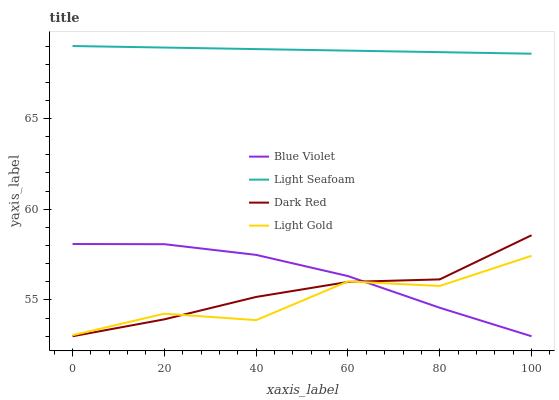
| xaxis_label | Blue Violet | Light Seafoam | Dark Red | Light Gold |
 | --- | --- | --- | --- | --- |
 | 0 | 58.1 | 69 | 53 | 53.1 |
 | 20 | 58.1 | 68.9 | 53.9 | 54.2 |
 | 40 | 57.5 | 68.8 | 55.2 | 53.9 |
 | 60 | 56.3 | 68.7 | 56 | 56 |
 | 80 | 54.6 | 68.7 | 56.1 | 55.8 |
 | 100 | 53 | 68.6 | 58.6 | 57.4 |